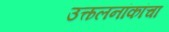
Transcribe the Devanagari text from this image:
उत्कलनांकांचा